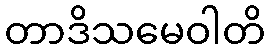
တာဒိသမေဝါတိ